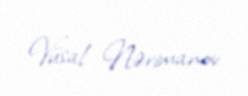
Vüsal Nərimanov